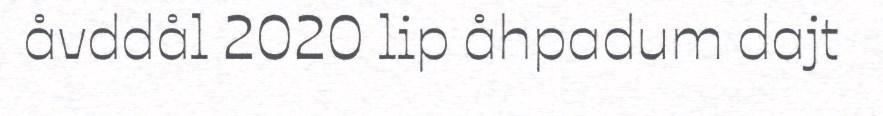
åvddål 2020 lip åhpadum dajt